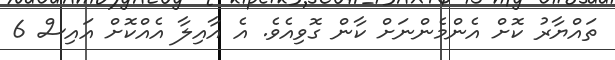
ތައްޔާރު ކޮށް އެންމެންނަށް ކާން ގޮވިއެވެ. އެ އާއިލާ އެއްކޮށް އައިސް 6